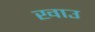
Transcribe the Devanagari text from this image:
खाउ